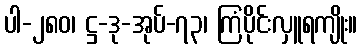
ပါ-၂၈၀၊ ဋ္ဌ-ဒု-အုပ်-၇၃၊ ကြံပိုင်းလှူရကျိုး။